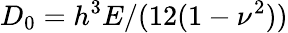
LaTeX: D_{0}=h^{3}E/(12(1-\nu^{2}))